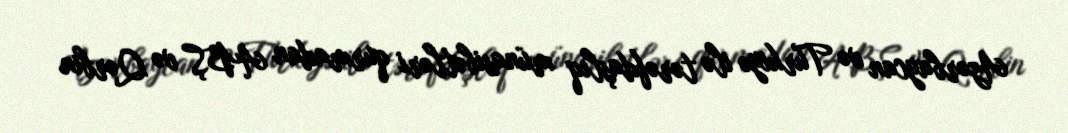
Azərbaycan və Türkiyə ilə tərəfdaşlıq münasibətləri qurmadan ABŞ və Qərbin